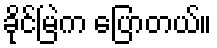
ခိုင်မြဲက ပြောတယ်။